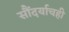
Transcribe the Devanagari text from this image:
सौंदर्याचही